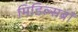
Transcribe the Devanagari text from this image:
मिडिल्सब्रॉ